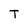
Character: T